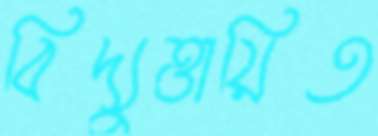
বিদ্যুত্তায়িত